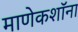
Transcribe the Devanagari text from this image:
माणेकशॉना